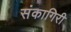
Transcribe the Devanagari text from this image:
संकागिरी